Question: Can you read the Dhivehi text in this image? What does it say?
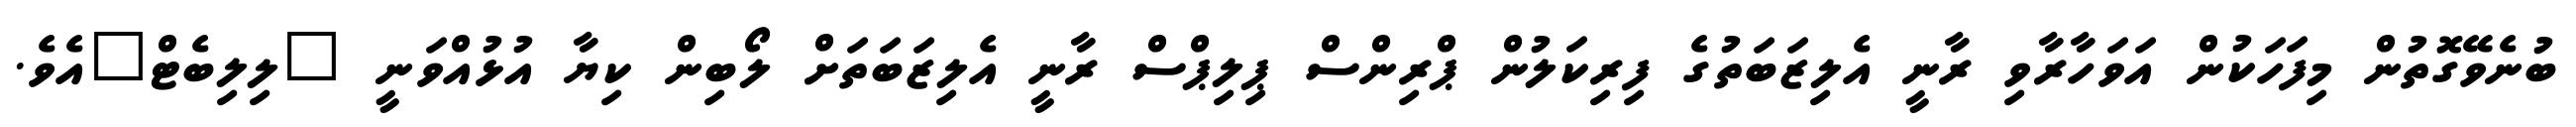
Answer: ބުނެވޭގޮތުން މިފަހަކުން އަވަހާރާވި ރާނީ އެލިޒަބަތުގެ ފިރިކަލުން ޕްރިންސް ޕިލިޕްސް ރާނީ އެލިޒަބަތަށް ލޯބިން ކިޔާ އުޅުއްވަނީ "ލިލިބެޓް"އެވެ.